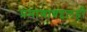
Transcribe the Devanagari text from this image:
प्रमाणाबद्दलही